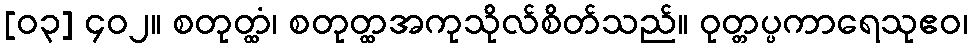
[၀၃] ၄၀၂။ စတုတ္ထံ၊ စတုတ္ထအကုသိုလ်စိတ်သည်။ ဝုတ္တပ္ပကာရေသုဧဝ၊